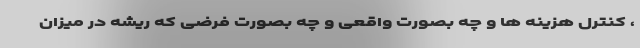
، کنترل هزینه ها و چه بصورت واقعی و چه بصورت فرضی که ریشه در میزان